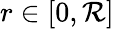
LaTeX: r\in[0,\mathcal{R}]